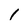
Character: 1